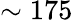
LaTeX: \sim 175